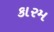
કારમ